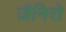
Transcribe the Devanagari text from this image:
जैनिरो